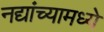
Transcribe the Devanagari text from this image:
नद्यांच्यामध्ये